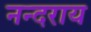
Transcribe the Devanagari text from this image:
नन्दराय